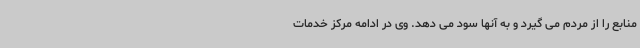
منابع را از مردم می گیرد و به آنها سود می دهد. وی در ادامه مرکز خدمات